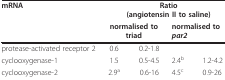
<table><thead><tr><td><b>mRNA</b></td><td colspan="4"><b>Ratio(angiotensin II to saline)</b></td></tr><tr><td></td><td colspan="2"><b>normalised to triad</b></td><td colspan="2"><b>normalised to <i>par2</i></b></td></tr></thead><tbody><tr><td>protease-activated receptor 2</td><td>0.6</td><td>0.2-1.8</td><td></td><td></td></tr><tr><td>cyclooxygenase-1</td><td>1.5</td><td>0.5-4.5</td><td>2.4<sup>b</sup></td><td>1.2-4.2</td></tr><tr><td>cyclooxygenase-2</td><td>2.9<sup>a</sup></td><td>0.6-16</td><td>4.5<sup>c</sup></td><td>0.9-26</td></tr></tbody></table>